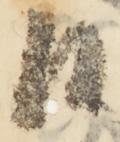
日